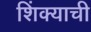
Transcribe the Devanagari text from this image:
शिंक्याची